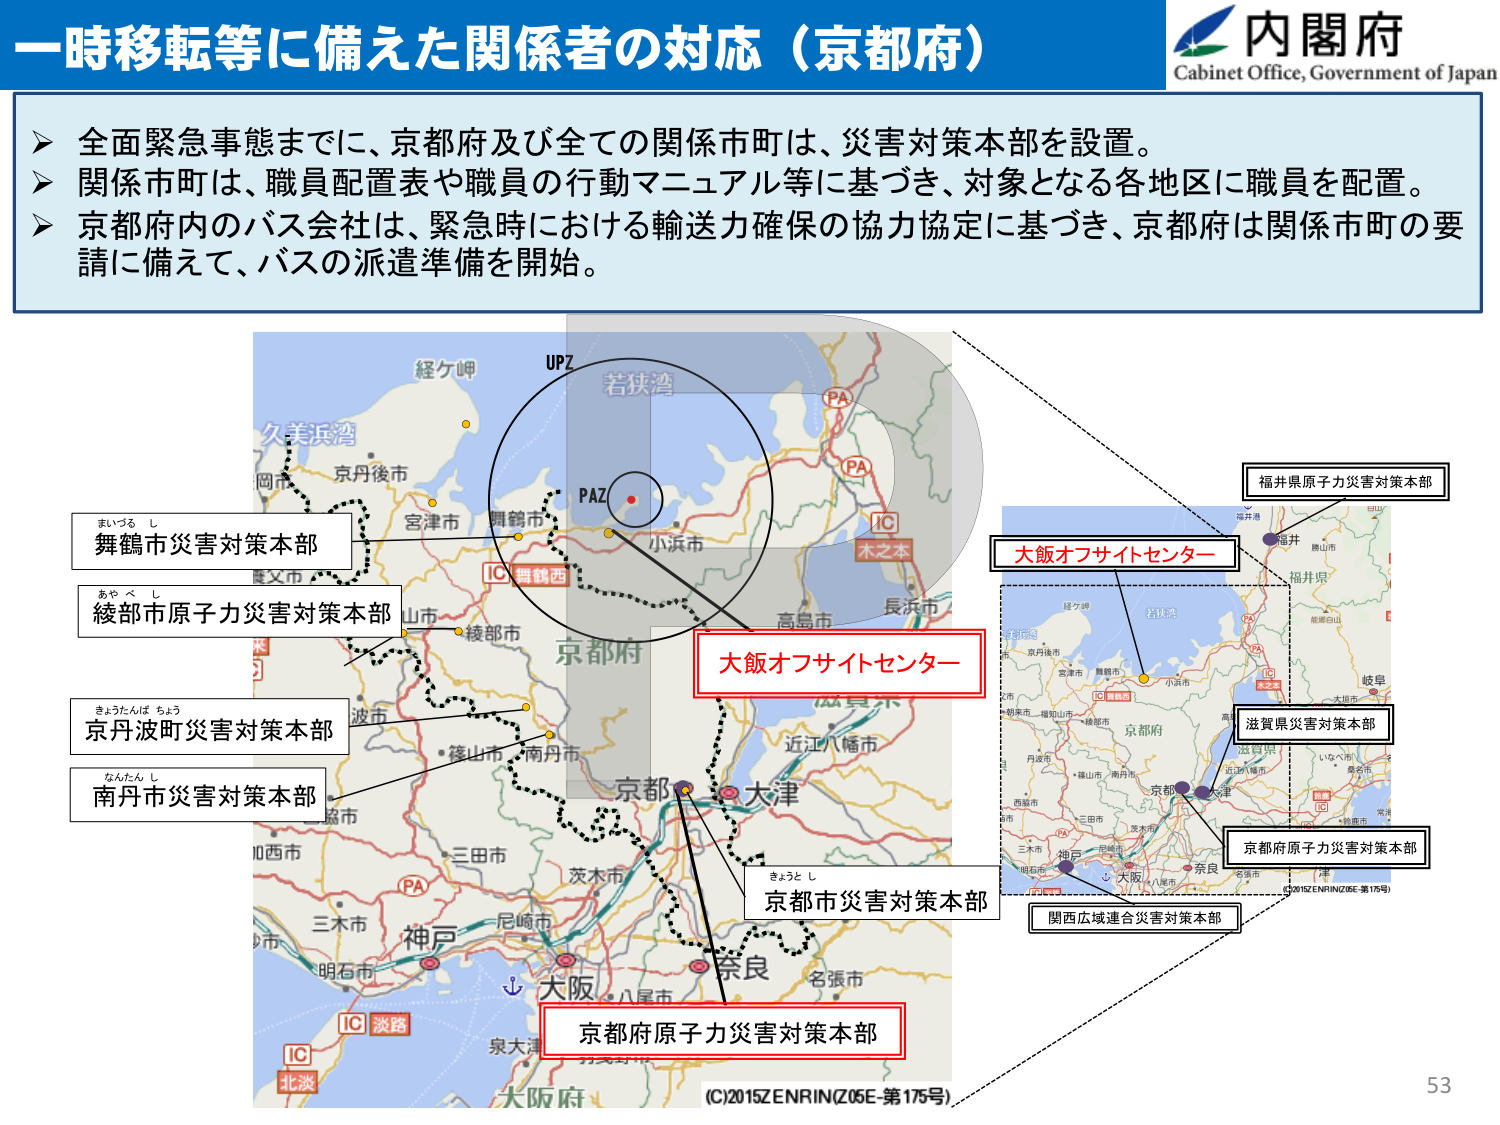
一時移転等に備えた関係者の対応（京都府）

内閣府
Cabinet Office, Government of Japan

▶ 全面緊急事態までに、京都府及び全ての関係市町は、災害対策本部を設置。
▶ 関係市町は、職員配置表や職員の行動マニュアル等に基づき、対象となる各地区に職員を配置。
▶ 京都府内のバス会社は、緊急時における輸送力確保の協力協定に基づき、京都府は関係市町の要請に備えて、バスの派遣準備を開始。

舞鶴市災害対策本部
まつる し

綾部市原子力災害対策本部
あやべ し

京丹波町災害対策本部
きょうたんば ちょう

南丹市災害対策本部
なんたん し

大飯オフサイトセンター

京都市災害対策本部
きょうと し

京都府原子力災害対策本部

福井県原子力災害対策本部

滋賀県災害対策本部

関西広域連合災害対策本部

(C)2015ZENRIN(Z05E-第175号)

53